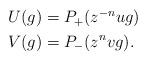
LaTeX: \begin{align*}\begin{aligned}U(g) &= P_{+}(z^{-n}ug) \\V(g) &= P_{-}(z^{n}vg).\end{aligned}\end{align*}